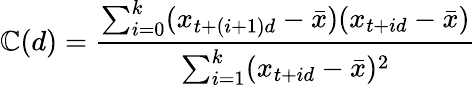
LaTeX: \mathbb{C}(d)=\frac{{\sum_{i=0}^{k}(x_{t+(i+1)d}-\bar{{x}})(x_{t+id}-\bar{{x}})}}{{\sum_{i=1}^{k}(x_{t+id}-\bar{{x}})^{2}}}